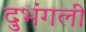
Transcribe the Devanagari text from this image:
दुभंगली